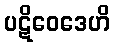
ပဋိဝေဒေဟိ